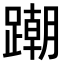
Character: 𨅹